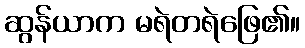
ဆွန်ယာက မရဲတရဲဖြေ၏။